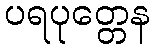
ပရပုတ္တေန